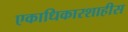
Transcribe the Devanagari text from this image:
एकाधिकारशाहीस